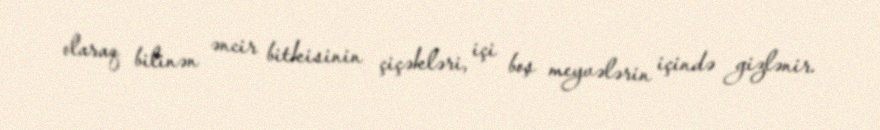
olaraq bilinən əncir bitkisinin çiçəkləri, içi boş meyvələrin içində gizlənir.